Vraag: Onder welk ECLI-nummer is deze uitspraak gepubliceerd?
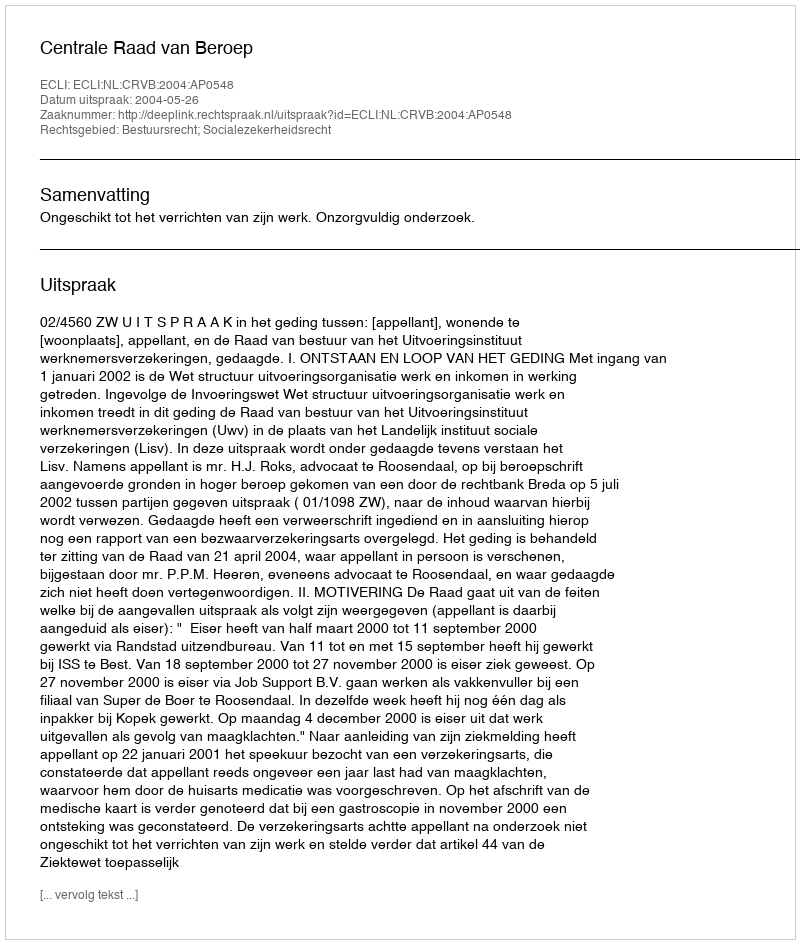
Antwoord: ECLI:NL:CRVB:2004:AP0548